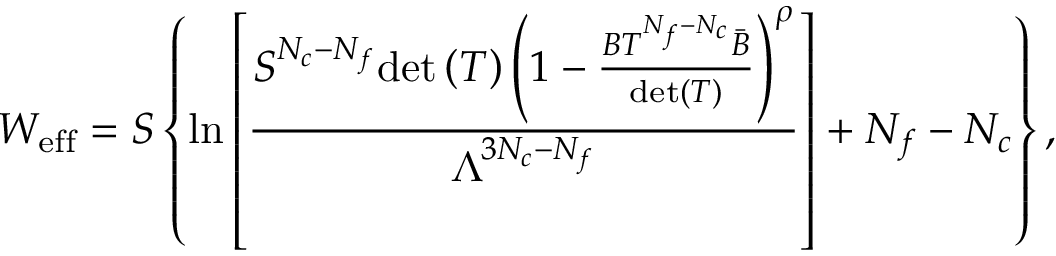
W _ { \mathrm { e f f } } = S \left\{ \ln \left[ \frac { S ^ { N _ { c } - N _ { f } } \mathrm { d e t } \left( T \right) \left( 1 - \frac { B T ^ { N _ { f } - N _ { c } } \bar { B } } { \mathrm { d e t } ( T ) } \right) ^ { \rho } } { \Lambda ^ { 3 N _ { c } - N _ { f } } } \right] + N _ { f } - N _ { c } \right\} ,